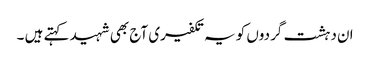
ان دہشت گردوں کو یہ تکفیری آج بھی شہید کہتے ہیں ۔